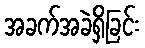
အခက်အခဲရှိခြင်း